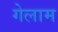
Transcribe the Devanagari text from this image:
गेलाम